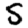
Digit: 5